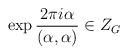
LaTeX: \begin{align*}\exp\frac{2\pi i\alpha}{(\alpha,\alpha)}\in Z_G\ \end{align*}